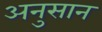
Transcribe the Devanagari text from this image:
अनुसान